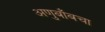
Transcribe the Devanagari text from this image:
अणुबाँबचा